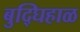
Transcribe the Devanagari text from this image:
बुद्घिहाळ